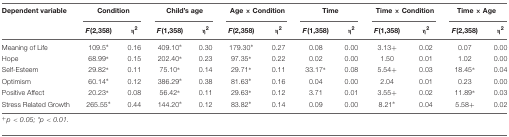
| Dependent variable | <COLSPAN=2> Condition | <COLSPAN=2> Child’s age | <COLSPAN=2> Age × Condition | <COLSPAN=2> Time | <COLSPAN=2> Time × Condition | <COLSPAN=2> Time × Age |
 |  | F(2,358) | η2 | F(1,358) | η2 | F(2,358) | η2 | F(1,358) | η2 | F(1,358) | η2 | F(2,358) | η2 |
 | --- | --- | --- | --- | --- | --- | --- | --- | --- | --- | --- | --- | --- |
 | Meaning of Life | 109.5∗ | 0.16 | 409.10∗ | 0.30 | 179.30∗ | 0.27 | 0.08 | 0.00 | 3.13+ | 0.02 | 0.07 | 0.00 |
 | Hope | 68.99∗ | 0.15 | 202.40∗ | 0.23 | 97.35∗ | 0.22 | 0.02 | 0.00 | 1.50 | 0.01 | 1.02 | 0.00 |
 | Self-Esteem | 29.82∗ | 0.11 | 75.10∗ | 0.14 | 29.71∗ | 0.11 | 33.17∗ | 0.08 | 5.54+ | 0.03 | 18.45∗ | 0.04 |
 | Optimism | 60.14∗ | 0.12 | 386.29∗ | 0.38 | 81.63∗ | 0.16 | 0.04 | 0.00 | 2.04 | 0.01 | 0.23 | 0.00 |
 | Positive Affect | 20.23∗ | 0.08 | 56.42∗ | 0.11 | 29.63∗ | 0.12 | 3.71 | 0.01 | 3.55+ | 0.02 | 11.89∗ | 0.03 |
 | Stress Related Growth | 265.55∗ | 0.44 | 144.20∗ | 0.12 | 83.82∗ | 0.14 | 0.09 | 0.00 | 8.21∗ | 0.04 | 5.58+ | 0.02 |